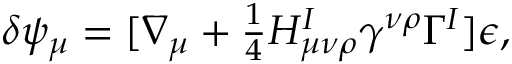
\delta \psi _ { \mu } = [ \nabla _ { \mu } + { \textstyle { \frac { 1 } { 4 } } } H _ { \mu \nu \rho } ^ { I } \gamma ^ { \nu \rho } \Gamma ^ { I } ] \epsilon ,